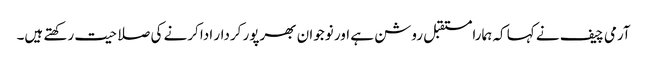
آرمی چیف نے کہا کہ ہمارامستقبل روشن ہے اور نوجوان بھرپور کردار ادا کرنے کی صلاحیت رکھتے ہیں۔